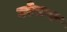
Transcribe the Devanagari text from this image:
टरेफ़क